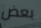
بعض